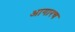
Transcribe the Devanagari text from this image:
आगारच